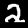
Digit: 2